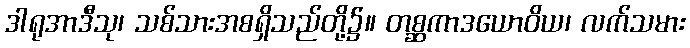
ဒါရုအာဒီသု၊ သစ်သားအစရှိသည်တို့၌။ တစ္ဆကာဒယောဝိယ၊ လက်သမား